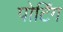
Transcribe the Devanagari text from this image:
पोर्टिंग